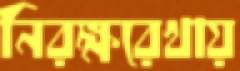
নিরক্ষরেখায়